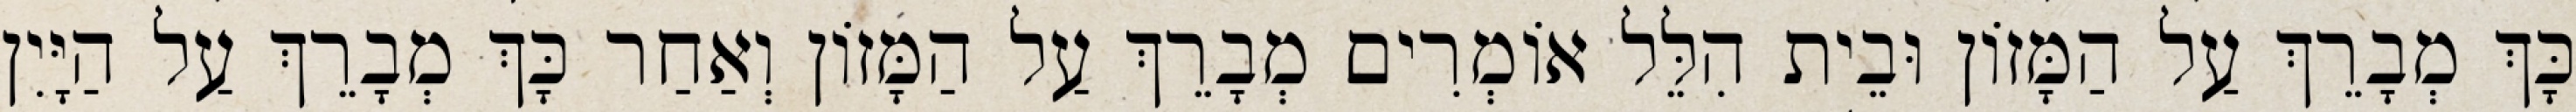
כָּךְ מְבָרֵךְ עַל הַמָּזוֹן וּבֵית הִלֵּל אוֹמְרִים מְבָרֵךְ עַל הַמָּזוֹן וְאַחַר כָּךְ מְבָרֵךְ עַל הַיָּיִן